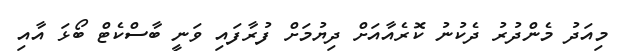
މިއަދު މެންދުރު ދެކުނު ކޮރެއާއަށް ދިޔުމަށް ފުރާފައި ވަނީ ބާސްކެޓް ބޯޅަ އާއި